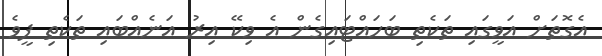
އެގޮތަށް އަވީގައި ތަކެތި ބަހައްޓައިގެން އެ ވިކޭ އިރު އަނެއްބައި ތަކެތި ފީވެ